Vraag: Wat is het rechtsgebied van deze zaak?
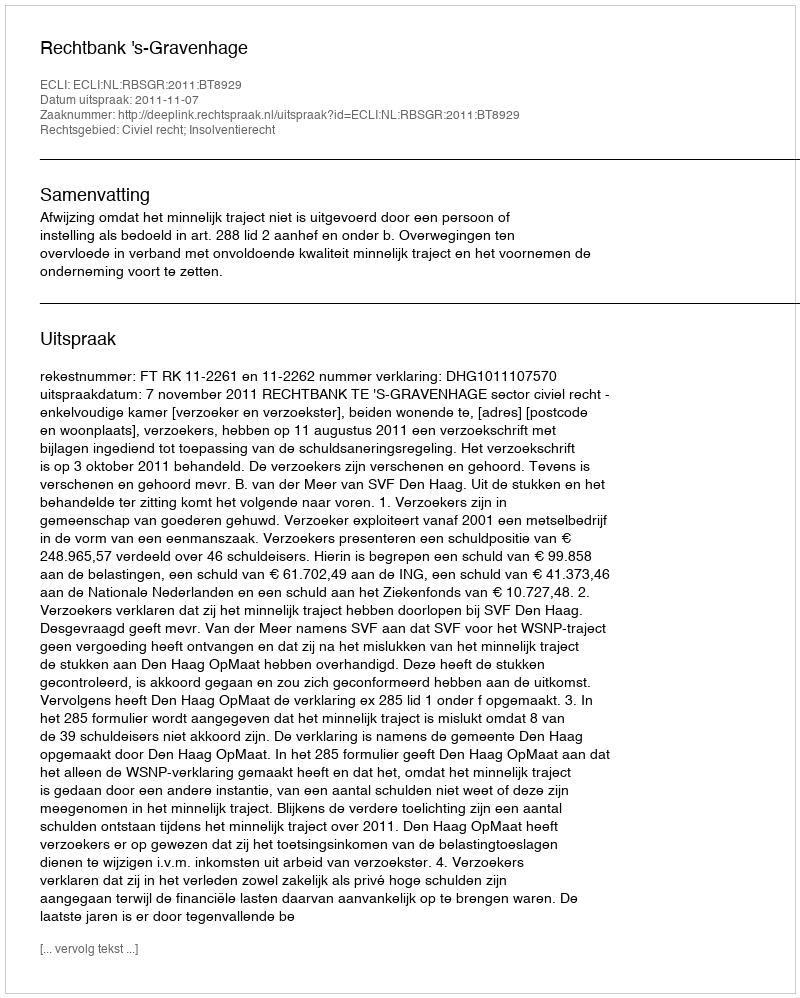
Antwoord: Civiel recht; Insolventierecht